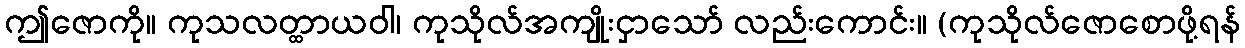
ဤဇောကို။ ကုသလတ္ထာယဝါ၊ ကုသိုလ်အကျိုးငှာသော် လည်းကောင်း။ (ကုသိုလ်ဇောစောဖို့ရန်